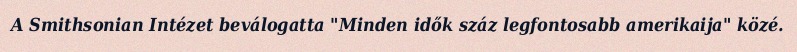
A Smithsonian Intézet beválogatta "Minden idők száz legfontosabb amerikaija" közé.